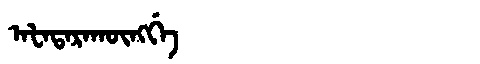
Manchu: ᠠᡶᠠᡨᠠᡵᠠᡴᡡᠩᡤᡝ
Romanization: AFATARAKŪNGGE